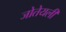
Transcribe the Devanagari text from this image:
जोतेयली